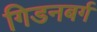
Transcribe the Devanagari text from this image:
गिडनबर्ग